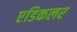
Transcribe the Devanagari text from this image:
एडिकलर